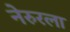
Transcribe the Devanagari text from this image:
नेरुरला